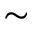
\sim